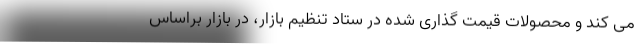
می کند و محصولات قیمت گذاری شده در ستاد تنظیم بازار، در بازار براساس